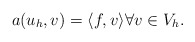
\begin{align*}a(u_h,v) = \langle f,v\rangle \forall v \in V_h.\end{align*}